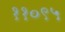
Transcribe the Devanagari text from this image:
११०९५